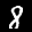
Label: 8